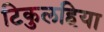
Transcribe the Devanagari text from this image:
टिकुलहिया